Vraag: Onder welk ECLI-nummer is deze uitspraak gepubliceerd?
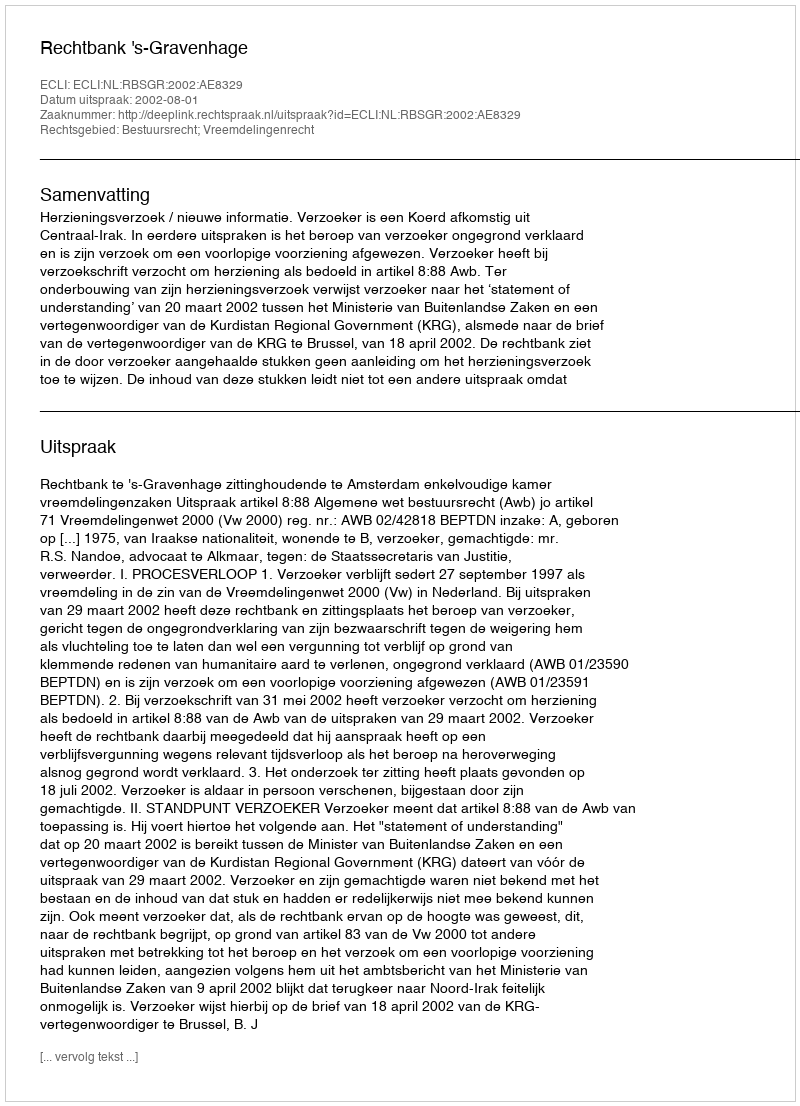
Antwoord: ECLI:NL:RBSGR:2002:AE8329